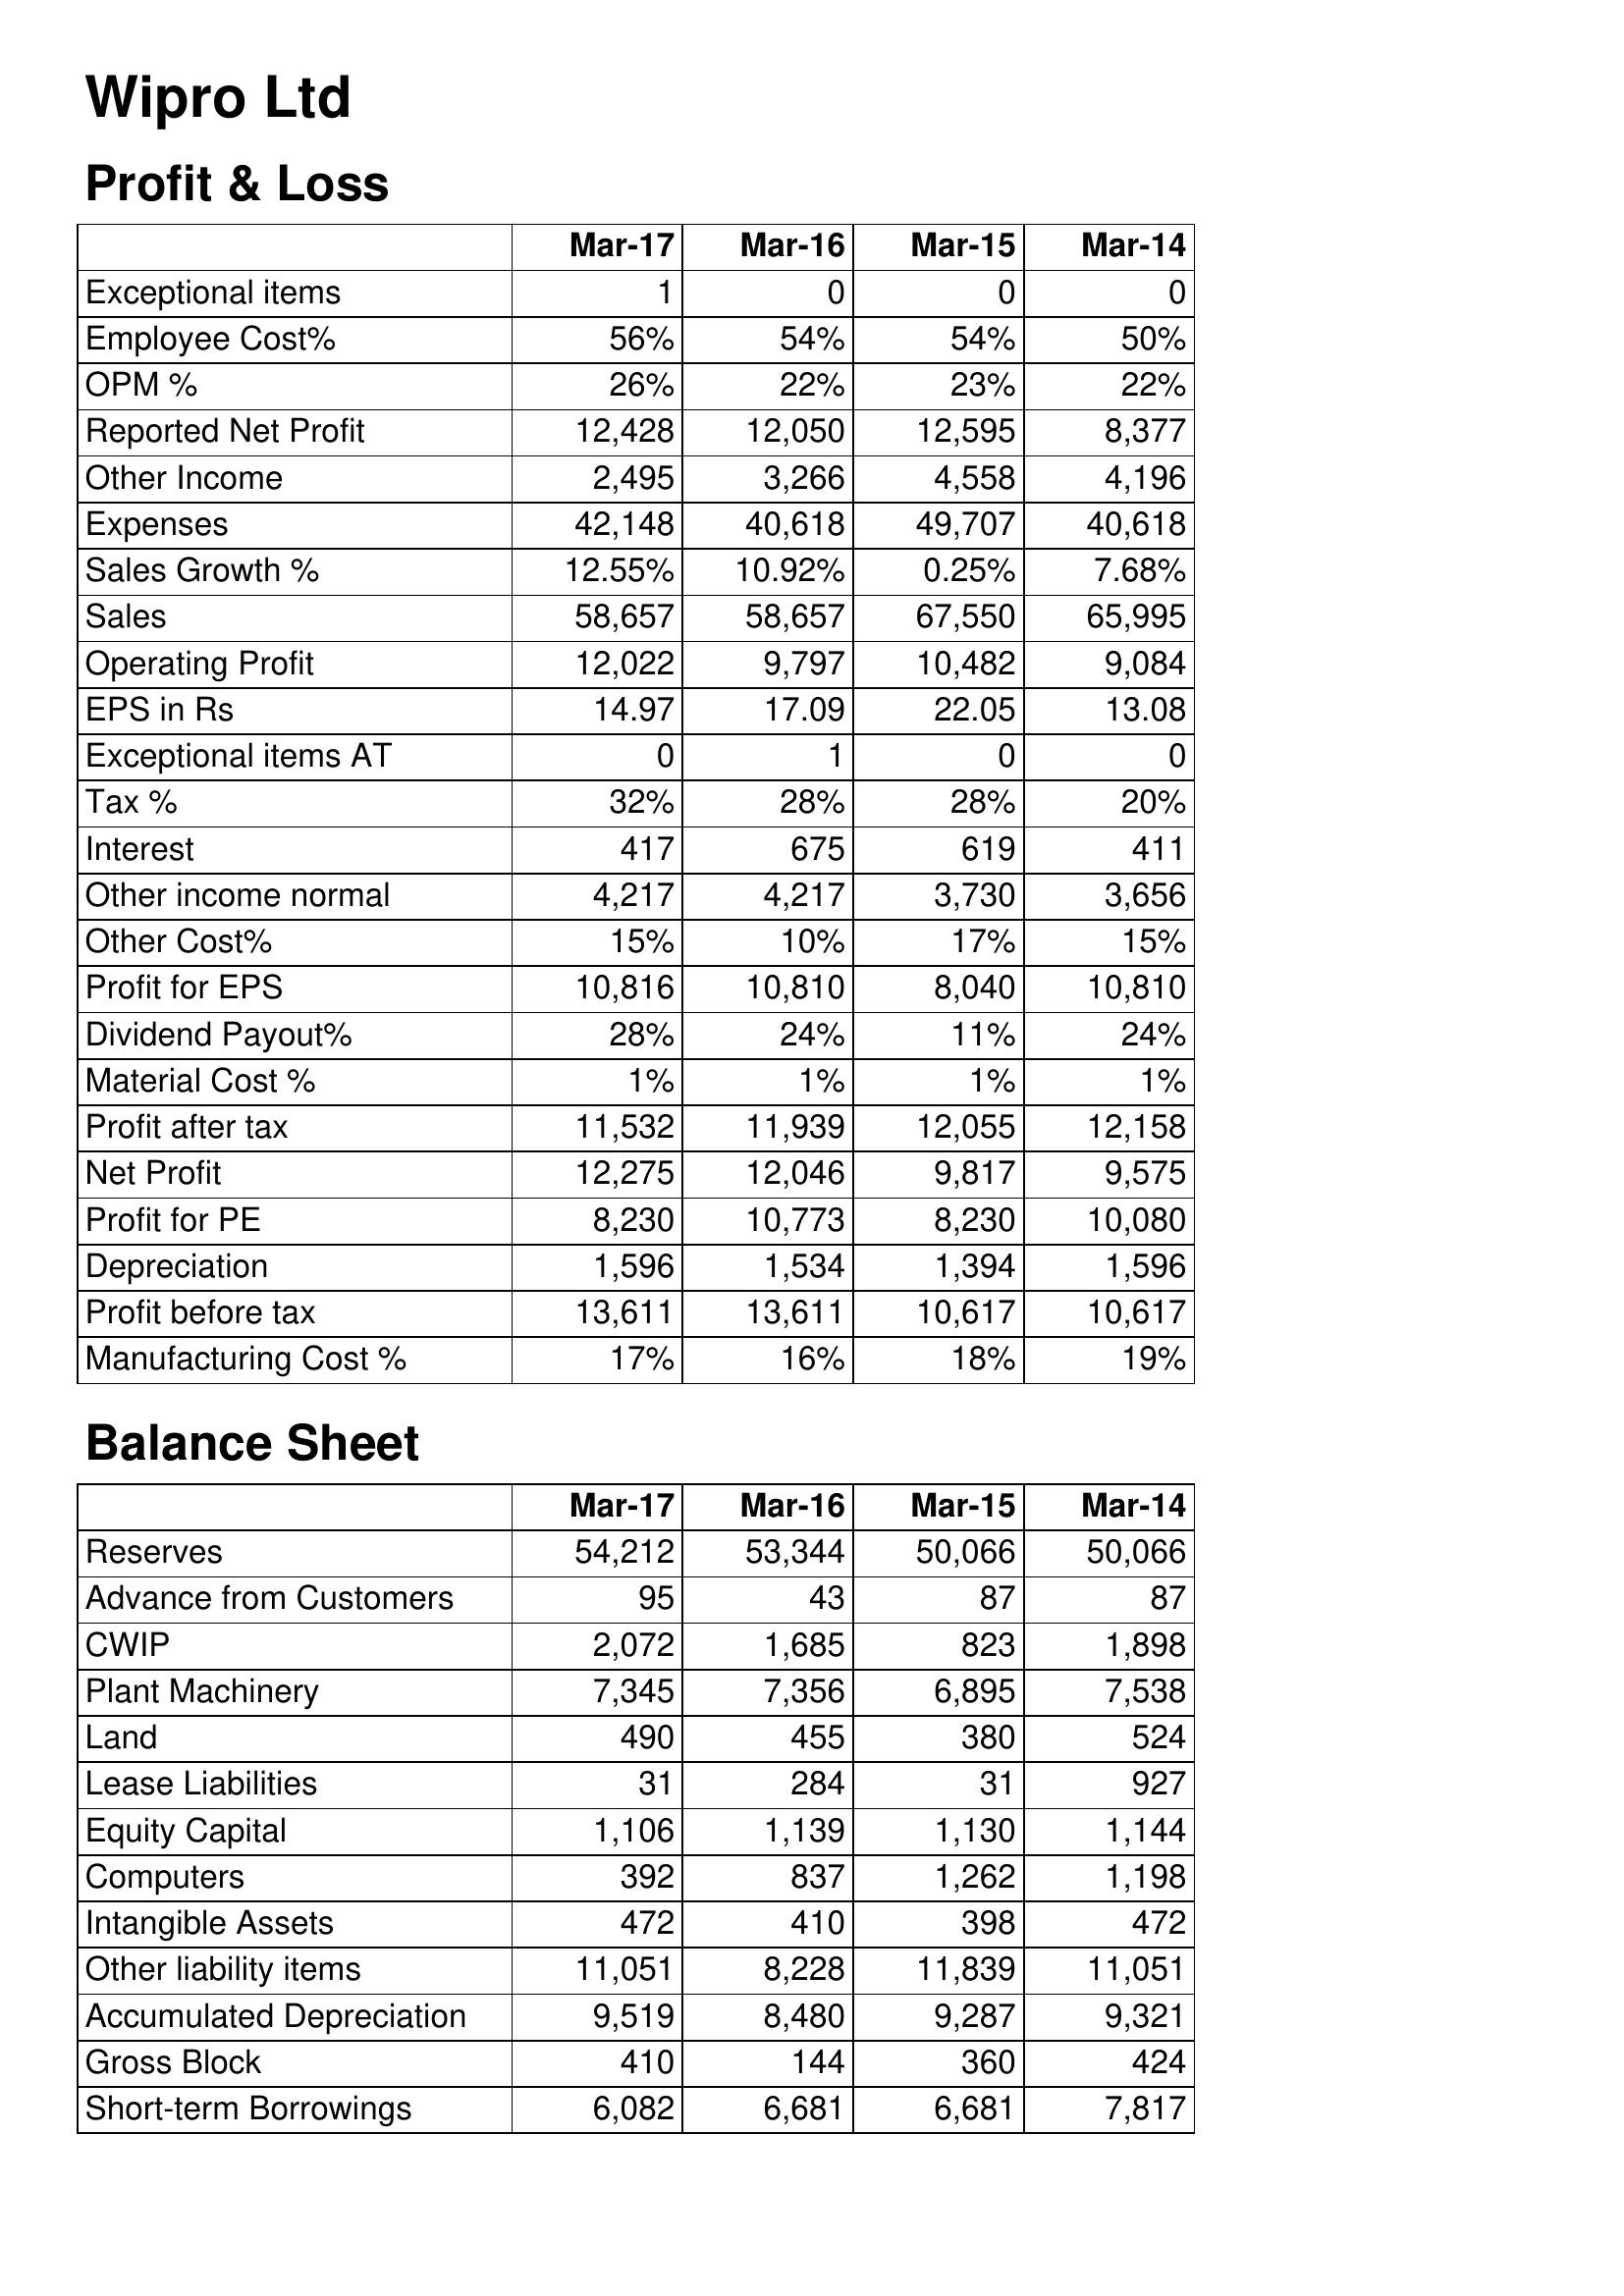
Mar-17: Profit & Loss: Exceptional items: 1
Employee Cost%: 56%
OPM %: 26%
Reported Net Profit: 12,428
Other Income: 2,495
Expenses: 42,148
Sales Growth %: 12.55%
Sales: 58,657
Operating Profit: 12,022
EPS in Rs: 14.97
Exceptional items AT: 0
Tax %: 32%
Interest: 417
Other income normal: 4,217
Other Cost%: 15%
Profit for EPS: 10,816
Dividend Payout%: 28%
Material Cost %: 1%
Profit after tax: 11,532
Net Profit: 12,275
Profit for PE: 8,230
Depreciation: 1,596
Profit before tax: 13,611
Manufacturing Cost %: 17%
Balance Sheet: Reserves: 54,212
Advance from Customers: 95
CWIP: 2,072
Plant Machinery: 7,345
Land: 490
Lease Liabilities: 31
Equity Capital: 1,106
Computers: 392
Intangible Assets: 472
Other liability items: 11,051
Accumulated Depreciation: 9,519
Gross Block: 410
Short-term Borrowings: 6,082
Mar-16: Profit & Loss: Exceptional items: 0
Employee Cost%: 54%
OPM %: 22%
Reported Net Profit: 12,050
Other Income: 3,266
Expenses: 40,618
Sales Growth %: 10.92%
Sales: 58,657
Operating Profit: 9,797
EPS in Rs: 17.09
Exceptional items AT: 1
Tax %: 28%
Interest: 675
Other income normal: 4,217
Other Cost%: 10%
Profit for EPS: 10,810
Dividend Payout%: 24%
Material Cost %: 1%
Profit after tax: 11,939
Net Profit: 12,046
Profit for PE: 10,773
Depreciation: 1,534
Profit before tax: 13,611
Manufacturing Cost %: 16%
Balance Sheet: Reserves: 53,344
Advance from Customers: 43
CWIP: 1,685
Plant Machinery: 7,356
Land: 455
Lease Liabilities: 284
Equity Capital: 1,139
Computers: 837
Intangible Assets: 410
Other liability items: 8,228
Accumulated Depreciation: 8,480
Gross Block: 144
Short-term Borrowings: 6,681
Mar-15: Profit & Loss: Exceptional items: 0
Employee Cost%: 54%
OPM %: 23%
Reported Net Profit: 12,595
Other Income: 4,558
Expenses: 49,707
Sales Growth %: 0.25%
Sales: 67,550
Operating Profit: 10,482
EPS in Rs: 22.05
Exceptional items AT: 0
Tax %: 28%
Interest: 619
Other income normal: 3,730
Other Cost%: 17%
Profit for EPS: 8,040
Dividend Payout%: 11%
Material Cost %: 1%
Profit after tax: 12,055
Net Profit: 9,817
Profit for PE: 8,230
Depreciation: 1,394
Profit before tax: 10,617
Manufacturing Cost %: 18%
Balance Sheet: Reserves: 50,066
Advance from Customers: 87
CWIP: 823
Plant Machinery: 6,895
Land: 380
Lease Liabilities: 31
Equity Capital: 1,130
Computers: 1,262
Intangible Assets: 398
Other liability items: 11,839
Accumulated Depreciation: 9,287
Gross Block: 360
Short-term Borrowings: 6,681
Mar-14: Profit & Loss: Exceptional items: 0
Employee Cost%: 50%
OPM %: 22%
Reported Net Profit: 8,377
Other Income: 4,196
Expenses: 40,618
Sales Growth %: 7.68%
Sales: 65,995
Operating Profit: 9,084
EPS in Rs: 13.08
Exceptional items AT: 0
Tax %: 20%
Interest: 411
Other income normal: 3,656
Other Cost%: 15%
Profit for EPS: 10,810
Dividend Payout%: 24%
Material Cost %: 1%
Profit after tax: 12,158
Net Profit: 9,575
Profit for PE: 10,080
Depreciation: 1,596
Profit before tax: 10,617
Manufacturing Cost %: 19%
Balance Sheet: Reserves: 50,066
Advance from Customers: 87
CWIP: 1,898
Plant Machinery: 7,538
Land: 524
Lease Liabilities: 927
Equity Capital: 1,144
Computers: 1,198
Intangible Assets: 472
Other liability items: 11,051
Accumulated Depreciation: 9,321
Gross Block: 424
Short-term Borrowings: 7,817